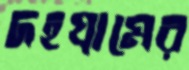
দহগ্রামের